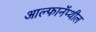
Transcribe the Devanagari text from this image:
आल्फानॅप्थील